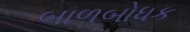
બાળબોધક